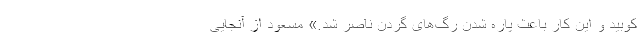
کوبید و این کار باعث پاره شدن رگ‌های گردن ناصر شد.» مسعود از آنجایی